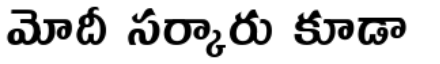
మోదీ సర్కారు కూడా